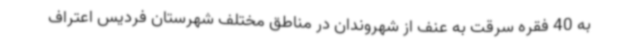
به 40 فقره سرقت به عنف از شهروندان در مناطق مختلف شهرستان فردیس اعتراف